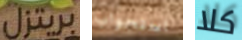
بريتزل استجواب كلا